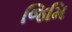
જિમિ